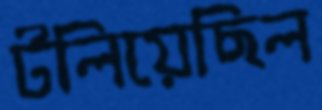
টলিয়েছিল